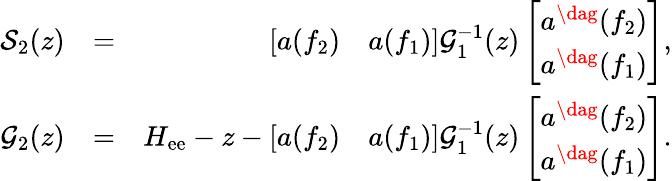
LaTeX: \begin{array}{rlr}{\mathcal{S}_{2}(z)}&{=}&{\left[\begin{array}{cc}{a\! \left(f_{2}\right)}&{a\! \left(f_{1}\right)}\end{array}\right]\mathcal{G}_{1}^{-1}(z)\left[\begin{array}{c}{a^{\dag}\! \left(f_{2}\right)}\\ {a^{\dag}\! \left(f_{1}\right)}\end{array}\right],}\\ {\mathcal{G}_{2}(z)}&{=}&{H_{\mathrm{ee}}-z-\left[\begin{array}{cc}{a\! \left(f_{2}\right)}&{a\! \left(f_{1}\right)}\end{array}\right]\mathcal{G}_{1}^{-1}(z)\left[\begin{array}{c}{a^{\dag}\! \left(f_{2}\right)}\\ {a^{\dag}\! \left(f_{1}\right)}\end{array}\right].}\end{array}